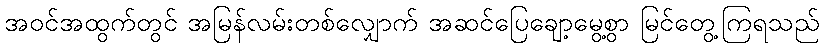
အဝင်အထွက်တွင် အမြန်လမ်းတစ်လျှောက် အဆင်ပြေချော့မွေ့စွာ မြင်တွေ့ကြရသည်